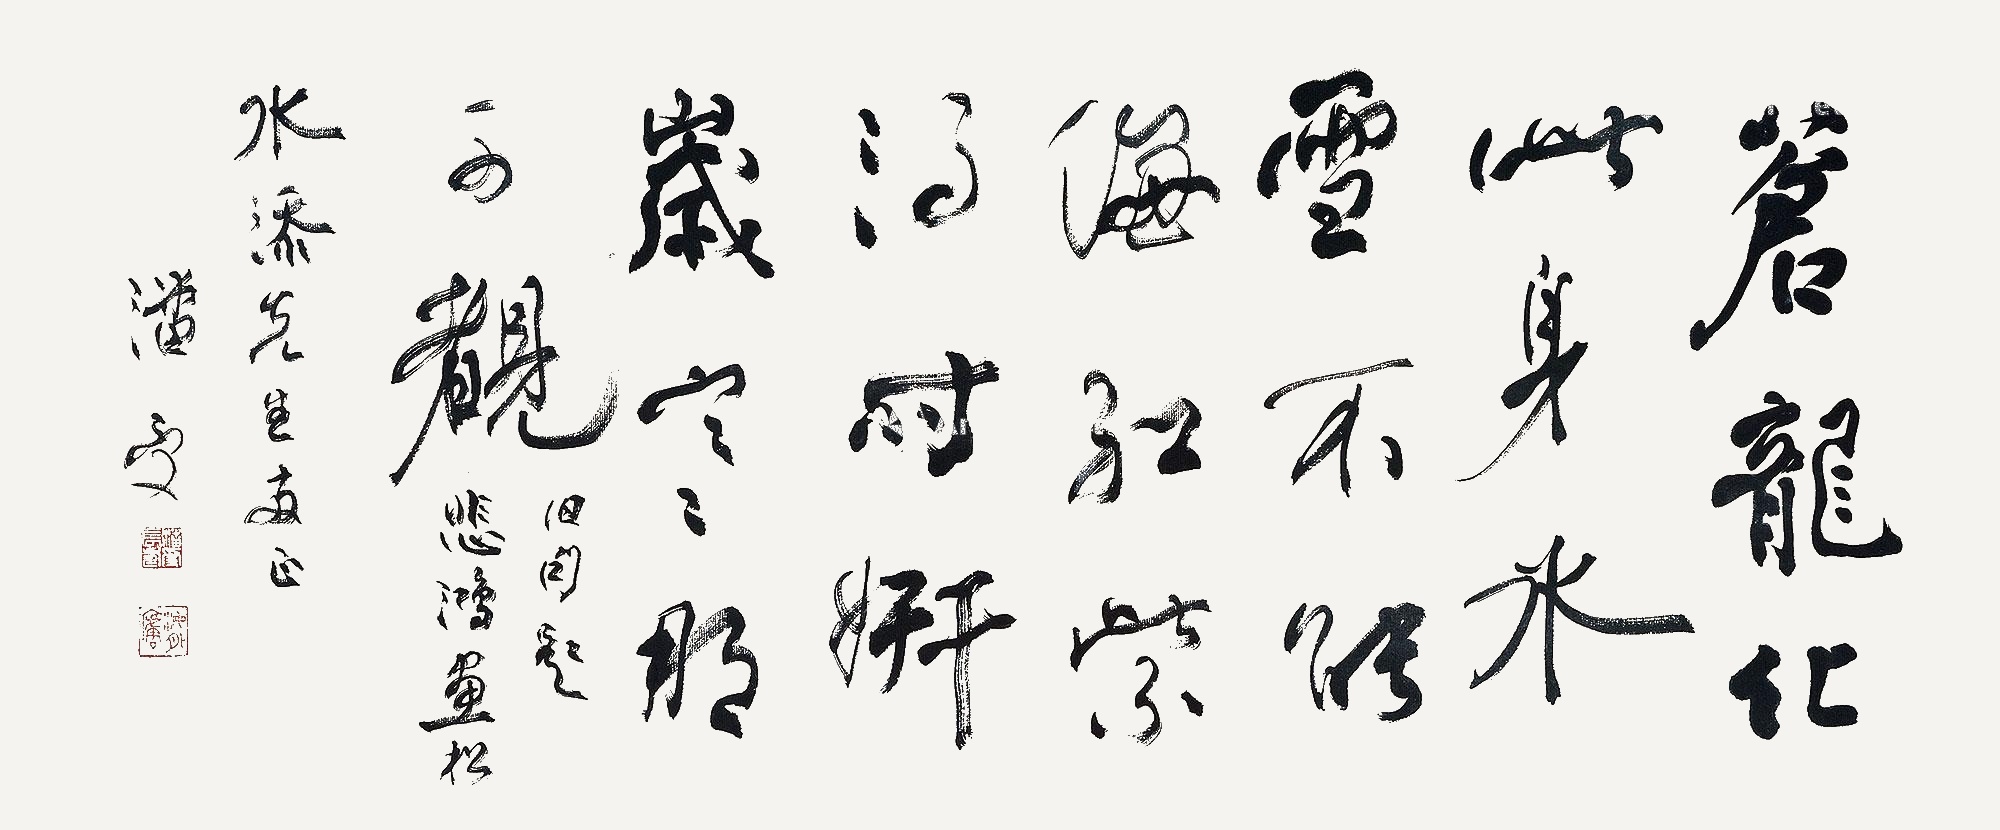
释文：苍龙化此身冰雪不能侮
红紫得时妍岁寒那可睹
旧句题悲鸿画于
水添先生存正潘受